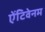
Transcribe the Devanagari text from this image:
ऐंटिवेनम